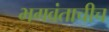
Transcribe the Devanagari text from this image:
भगवंताचीच